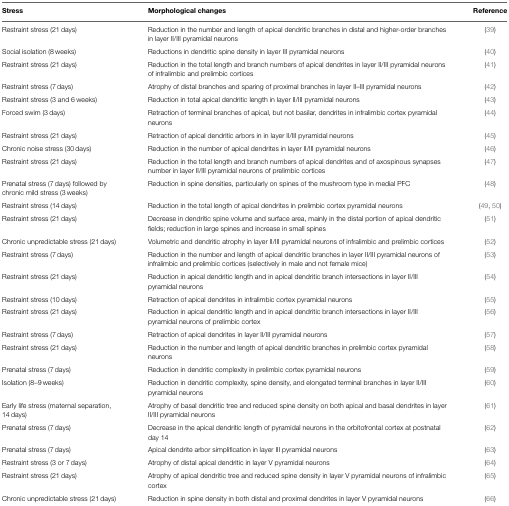
<table><thead><tr><td><b>Stress</b></td><td><b>Morphological changes</b></td><td><b>Reference</b></td></tr></thead><tbody><tr><td>Restraint stress (21 days)</td><td>Reduction in the number and length of apical dendritic branches in distal and higher-order branches in layer II/III pyramidal neurons</td><td>(39)</td></tr><tr><td>Social isolation (8 weeks)</td><td>Reductions in dendritic spine density in layer III pyramidal neurons</td><td>(40)</td></tr><tr><td>Restraint stress (21 days)</td><td>Reduction in the total length and branch numbers of apical dendrites in layer II/III pyramidal neurons of infralimbic and prelimbic cortices</td><td>(41)</td></tr><tr><td>Restraint stress (7 days)</td><td>Atrophy of distal branches and sparing of proximal branches in layer II–III pyramidal neurons</td><td>(42)</td></tr><tr><td>Restraint stress (3 and 6 weeks)</td><td>Reduction in total apical dendritic length in layer II/III pyramidal neurons</td><td>(43)</td></tr><tr><td>Forced swim (3 days)</td><td>Retraction of terminal branches of apical, but not basilar, dendrites in infralimbic cortex pyramidal neurons</td><td>(44)</td></tr><tr><td>Restraint stress (21 days)</td><td>Retraction of apical dendritic arbors in in layer II/III pyramidal neurons</td><td>(45)</td></tr><tr><td>Chronic noise stress (30 days)</td><td>Reduction in the number of apical dendrites in layer II/III pyramidal neurons</td><td>(46)</td></tr><tr><td>Restraint stress (21 days)</td><td>Reduction in the total length and branch numbers of apical dendrites and of axospinous synapses number in layer II/III pyramidal neurons of prelimbic cortices</td><td>(47)</td></tr><tr><td>Prenatal stress (7 days) followed by chronic mild stress (3 weeks)</td><td>Reduction in spine densities, particularly on spines of the mushroom type in medial PFC</td><td>(48)</td></tr><tr><td>Restraint stress (14 days)</td><td>Reduction in the total length of apical dendrites in prelimbic cortex pyramidal neurons</td><td>(49, 50)</td></tr><tr><td>Restraint stress (21 days)</td><td>Decrease in dendritic spine volume and surface area, mainly in the distal portion of apical dendritic fields; reduction in large spines and increase in small spines</td><td>(51)</td></tr><tr><td>Chronic unpredictable stress (21 days)</td><td>Volumetric and dendritic atrophy in layer II/III pyramidal neurons of infralimbic and prelimbic cortices</td><td>(52)</td></tr><tr><td>Restraint stress (7 days)</td><td>Reduction in the number and length of apical dendritic branches in layer II/III pyramidal neurons of infralimbic and prelimbic cortices (selectively in male and not female mice)</td><td>(53)</td></tr><tr><td>Restraint stress (21 days)</td><td>Reduction in apical dendritic length and in apical dendritic branch intersections in layer II/III pyramidal neurons</td><td>(54)</td></tr><tr><td>Restraint stress (10 days)</td><td>Retraction of apical dendrites in infralimbic cortex pyramidal neurons</td><td>(55)</td></tr><tr><td>Restraint stress (21 days)</td><td>Reduction in apical dendritic length and in apical dendritic branch intersections in layer II/III pyramidal neurons of prelimbic cortex</td><td>(56)</td></tr><tr><td>Restraint stress (7 days)</td><td>Retraction of apical dendrites in layer II/III pyramidal neurons</td><td>(57)</td></tr><tr><td>Restraint stress (21 days)</td><td>Reduction in the number and length of apical dendritic branches in prelimbic cortex pyramidal neurons</td><td>(58)</td></tr><tr><td>Prenatal stress (7 days)</td><td>Reduction in dendritic complexity in prelimbic cortex pyramidal neurons</td><td>(59)</td></tr><tr><td>Isolation (8–9 weeks)</td><td>Reduction in dendritic complexity, spine density, and elongated terminal branches in layer II/III pyramidal neurons</td><td>(60)</td></tr><tr><td>Early life stress (maternal separation, 14 days)</td><td>Atrophy of basal dendritic tree and reduced spine density on both apical and basal dendrites in layer II/III pyramidal neurons</td><td>(61)</td></tr><tr><td>Prenatal stress (7 days)</td><td>Decrease in the apical dendritic length of pyramidal neurons in the orbitofrontal cortex at postnatal day 14</td><td>(62)</td></tr><tr><td>Prenatal stress (7 days)</td><td>Apical dendrite arbor simplification in layer III pyramidal neurons</td><td>(63)</td></tr><tr><td>Restraint stress (3 or 7 days)</td><td>Atrophy of distal apical dendritic in layer V pyramidal neurons</td><td>(64)</td></tr><tr><td>Restraint stress (21 days)</td><td>Atrophy of apical dendritic tree and reduced spine density in layer V pyramidal neurons of infralimbic cortex</td><td>(65)</td></tr><tr><td>Chronic unpredictable stress (21 days)</td><td>Reduction in spine density in both distal and proximal dendrites in layer V pyramidal neurons</td><td>(66)</td></tr></tbody></table>